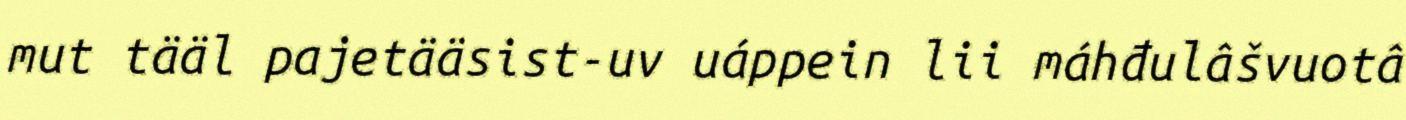
mut tääl pajetääsist-uv uáppein lii máhđulâšvuotâ